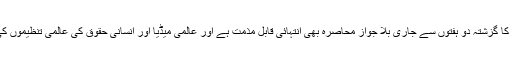
انہوں نے کہا تھا کہ 'بھارت کی جانب سے مقبوضہ جموں اور کشمیر کے مکینوں کا گزشتہ دو ہفتوں سے جاری بلا جواز محاصرہ بھی انتہائی قابل مذمت ہے اور عالمی میڈیا اور انسانی حقوق کی عالمی تنظیموں کی رپورٹس کے مطابق، اس محاصرے کی مزید طوالت بہت بڑا انسانی المیہ ہو گا'۔